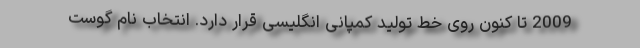
2009 تا کنون روی خط تولید کمپانی انگلیسی قرار دارد. انتخاب نام گوست